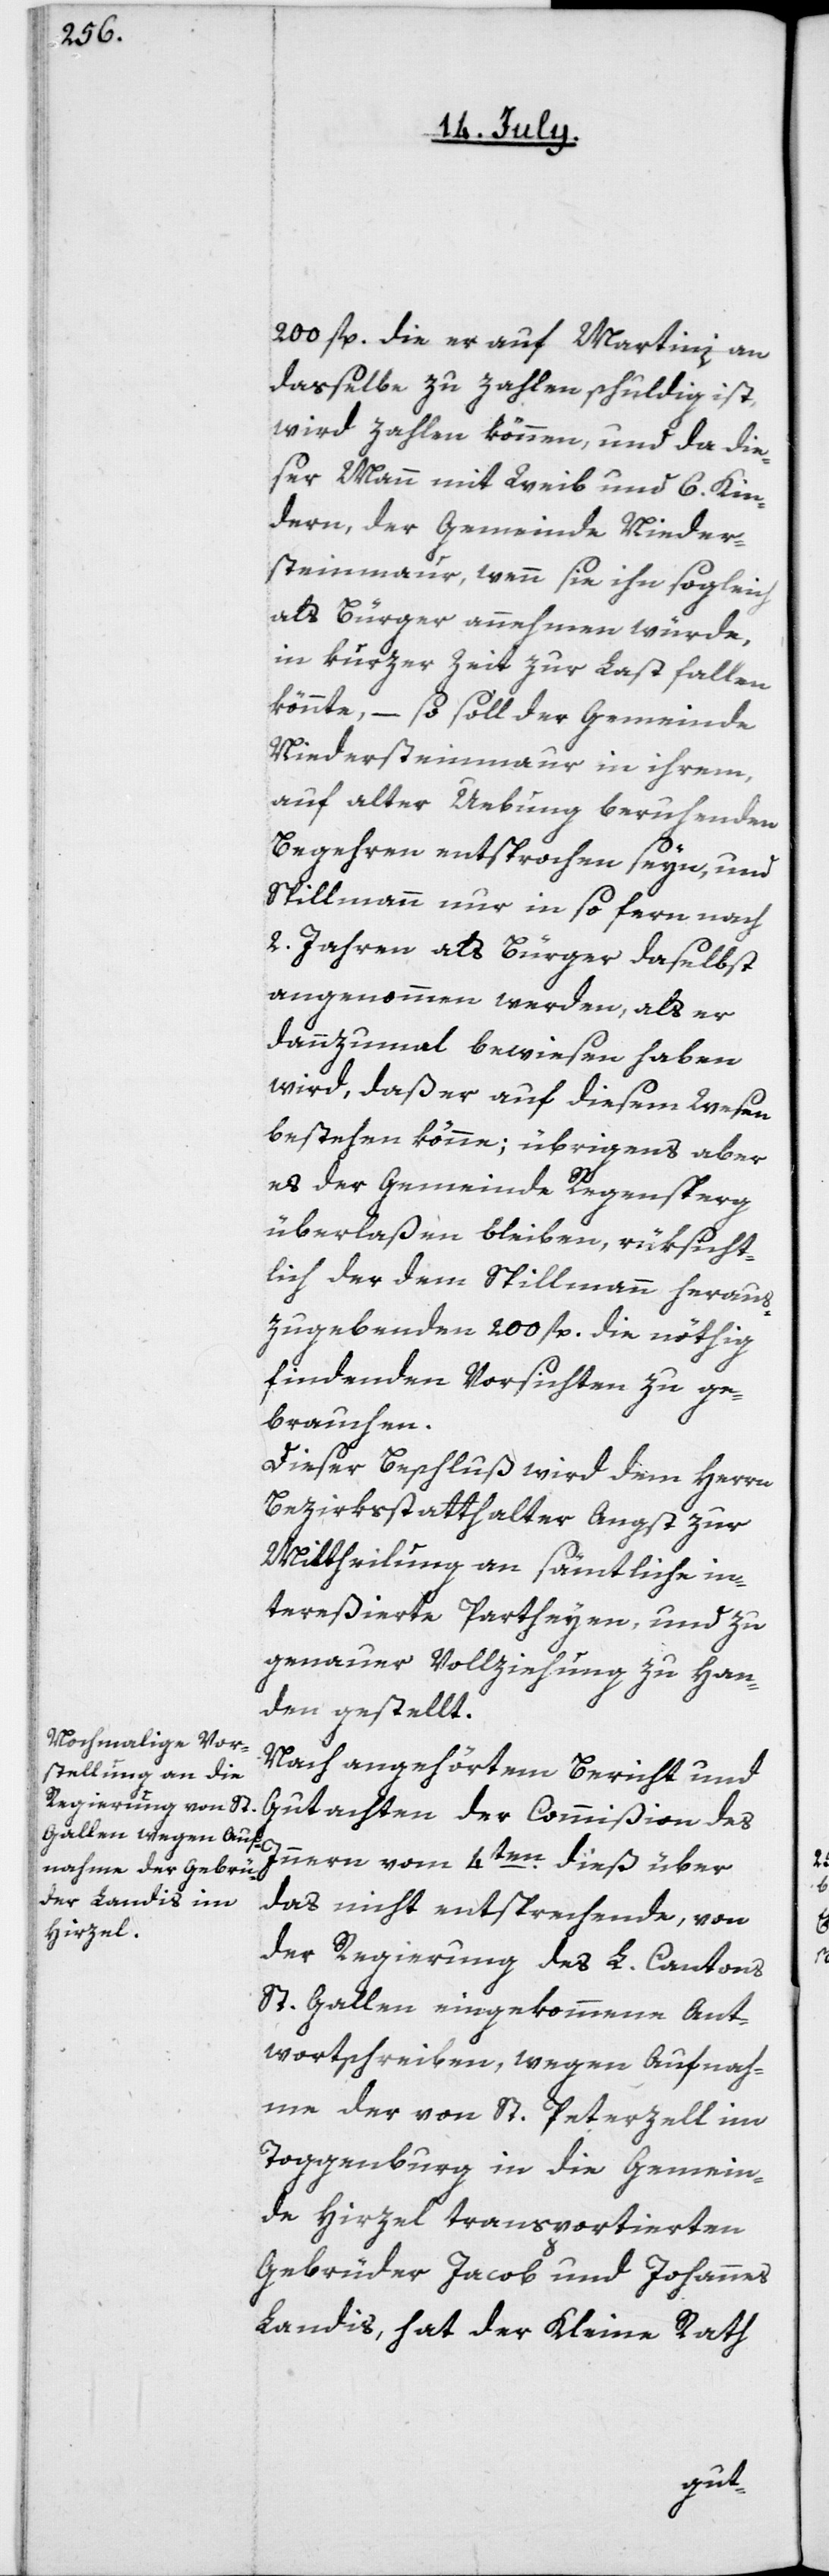
200 fl., die er auf Martini an
dasselbe zu zahlen schuldig ist,
wird zahlen können, und da die¬
ser Mann mit Weib und 6. Kin¬
dern, der Gemeinde Nieder¬
steinmaur, wenn sie ihn sogleich
als Bürger aufnehmen würde,
in kurzer Zeit zur Last fallen
könnte, – so soll der Gemeinde
Niedersteinmaur in ihrem,
auf alter Uebung beruhenden
Begehren entsprochen seyn, und
Spillmann nur in so fern nach
2. Jahren als Bürger daselbst
angenommen werden, als er
dannzumal bewiesen haben
wird, daß er auf diesem Wesen
bestehen könne; übrigens aber
es der Gemeinde Regensperg
überlaßen bleiben, rüksicht¬
lich der dem Spillmann heraus¬
zugebenden 200 fl. die nöthig
findenden Vorsichten zu ge¬
brauchen.
Dieser Beschluß wird dem Herrn
Bezirksstatthalter Angst zur
Mittheilung an sämtliche in¬
tereßierte Partheyen, und zu
genauer Vollziehung zu Han¬
den gestellt.
Nach angehörtem Bericht und
Gutachten der Commißion des
Innern vom 4ten dieß über
das nicht entsprechende, von
der Regierung des L. Cantons
St. Gallen eingekommene Ant¬
wortschreiben, wegen Aufnah¬
me der von St. Peterzell im
Toggenburg in die Gemein¬
de Hirzel transportierten
Gebrüder Jacob und Johannes
Landis, hat der Kleine Rath